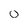
Character: O